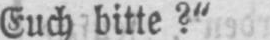
Euch bitte?“